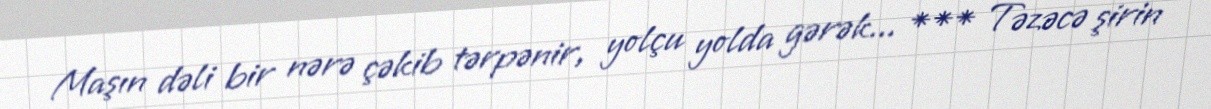
Maşın dəli bir nərə çəkib tərpənir, yolçu yolda gərək... *** Təzəcə şirin